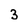
Character: 3